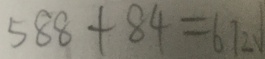
5 8 8 + 8 4 = 6 7 2